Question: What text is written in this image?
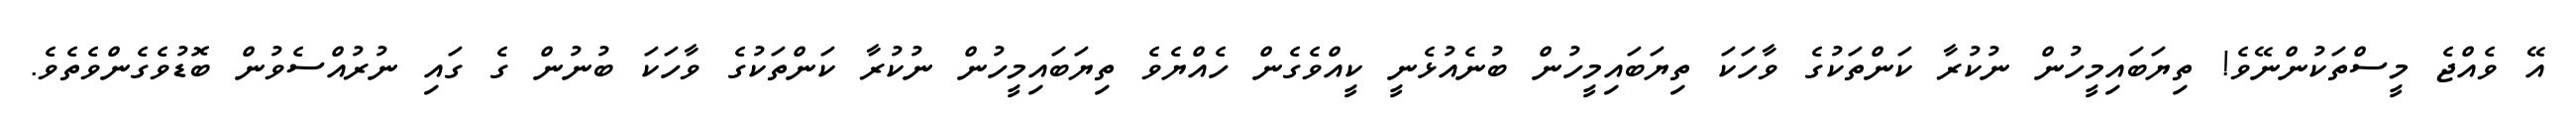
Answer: އޭ ވެއްޖެ މީސްތަކުންނޭވެ! ތިޔަބައިމީހުން ނުކުރާ ކަންތަކުގެ ވާހަކަ ތިޔަބައިމީހުން ބުނެއުޅެނީ ކީއްވެގެން ހެއްޔެވެ ތިޔަބައިމީހުން ނުކުރާ ކަންތަކުގެ ވާހަކަ ބުނުން ގެ ގައި ނުރުއްސެވުން ބޮޑުވެގެންވެތެވެ.